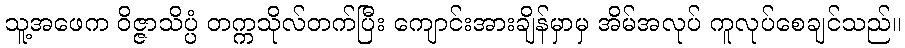
သူ့အဖေက ဝိဇ္ဇာသိပ္ပံ တက္ကသိုလ်တက်ပြီး ကျောင်းအားချိန်မှာမှ အိမ်အလုပ် ကူလုပ်စေချင်သည်။